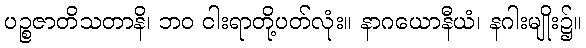
ပဉ္စဇာတိသတာနိ၊ ဘဝ ငါးရာတို့ပတ်လုံး။ နာဂယောနီယံ၊ နဂါးမျိုး၌။